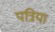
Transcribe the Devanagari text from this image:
पत्रिया